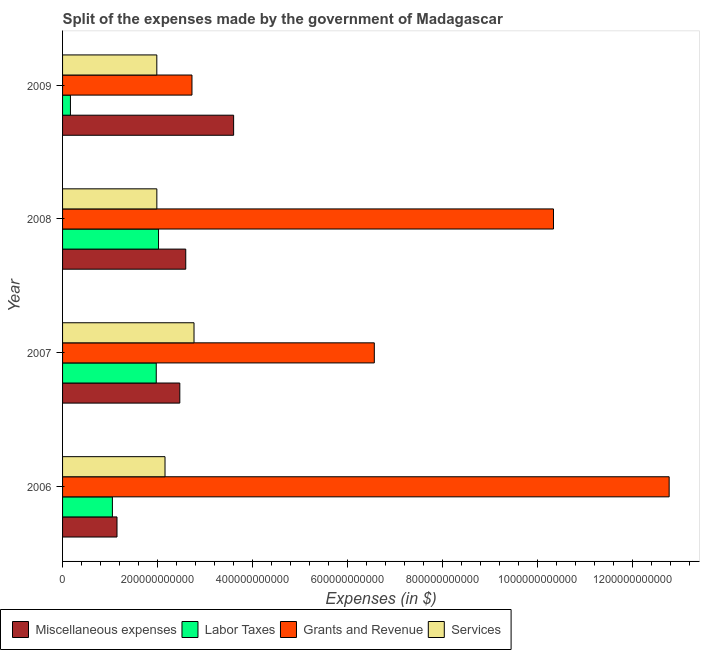
| Year | Miscellaneous expenses | Labor Taxes | Grants and Revenue | Services |
 | --- | --- | --- | --- | --- |
 | 2006 | 1.15e+11 | 1.05e+11 | 1.28e+12 | 2.16e+11 |
 | 2007 | 2.47e+11 | 1.97e+11 | 6.56e+11 | 2.77e+11 |
 | 2008 | 2.59e+11 | 2.02e+11 | 1.03e+12 | 1.98e+11 |
 | 2009 | 3.6e+11 | 1.66e+10 | 2.72e+11 | 1.98e+11 |